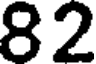
82